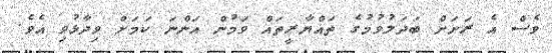
ވެސް އެ ރަށަށް ބަދަލުވުމުގެ ތައްޔާރީތައް ވަމުން އަންނަ ކަމަށް ވިދާޅުވި އެވެ.